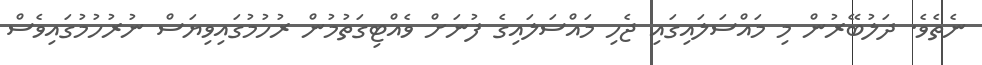
ނެތެވެ. ދަލުބޭރުން މި މައްސަލައިގައި ޖެހި މައްސަލައިގެ ފުނަށް ވެއްޓިގަތުމުން ރުހުމުގައިވިޔަސް ނުރުހުމުގައިވެސް